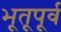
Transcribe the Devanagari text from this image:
भूतूपूर्व